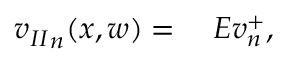
\begin{array} { r l } { { v _ { I I } } _ { n } ( x , w ) = { } } & { { } E v _ { n } ^ { + } , } \end{array}